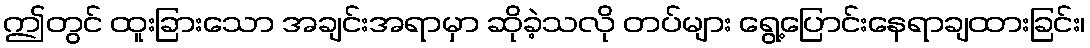
ဤတွင် ထူးခြားသော အချင်းအရာမှာ ဆိုခဲ့သလို တပ်များ ရွေ့ပြောင်းနေရာချထားခြင်း၊